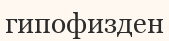
гипофизден